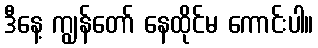
ဒီနေ့ ကျွန်တော် နေထိုင်မ ကောင်းပါ။